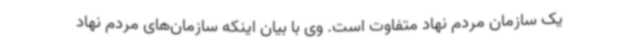
یک سازمان مردم نهاد متفاوت است. وی با بیان اینکه سازمان‌های مردم نهاد